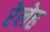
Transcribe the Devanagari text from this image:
रेलेह